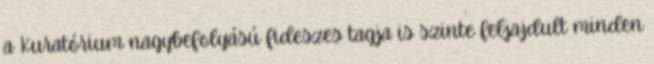
a Kuratórium nagybefolyású fideszes tagja is szinte feljajdult minden